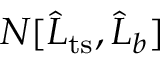
N [ \widehat { L } _ { \mathrm { t s } } , \widehat { L } _ { b } ]